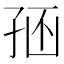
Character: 𡥢